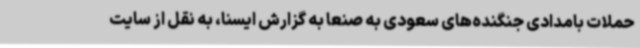
حملات بامدادی جنگنده‌های سعودی به صنعا به گزارش ایسنا، به نقل از سایت